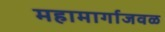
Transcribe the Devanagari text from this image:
महामार्गाजवळ